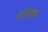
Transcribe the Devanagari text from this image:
नौटिका